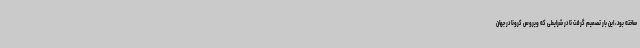
ساخته بود، این بار تصمیم گرفت تا در شرایطی که ویروس کرونا در جهان